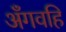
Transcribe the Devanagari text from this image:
अँगवहि